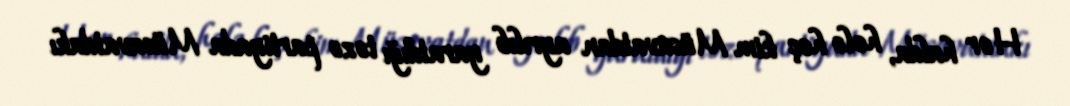
Hər halda, hələ heç kim Müsavatdan ayrılıb yaratdığı təzə partiyada Müsavatdakı